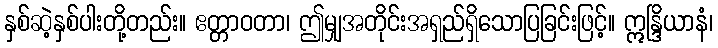
နှစ်ဆဲ့နှစ်ပါးတို့တည်း။ ဧတ္တာဝတာ၊ ဤမျှအတိုင်းအရှည်ရှိသောပြခြင်းဖြင့်။ ဣန္ဒြိယာနံ၊